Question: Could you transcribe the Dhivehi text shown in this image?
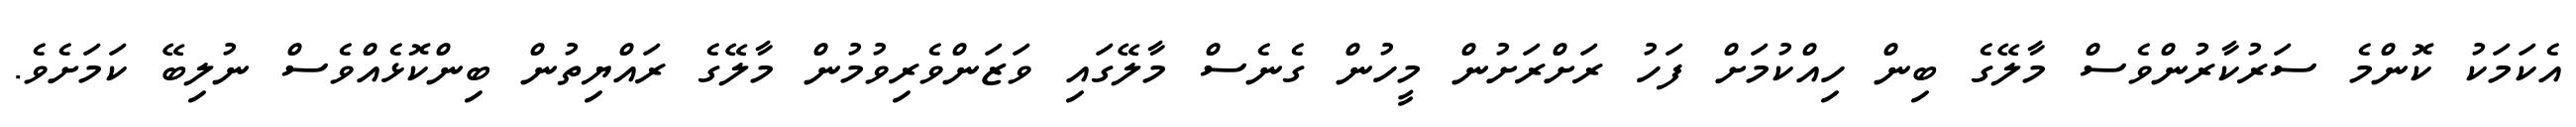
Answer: އެކަމަކު ކޮންމެ ސަރުކާރުންވެސް މާލޭގެ ބިން ހިއްކުމަށް ފަހު ރަށްރަށުން މީހުން ގެނެސް މާލޭގައި ވަޒަންވެރިވުމުން މާލޭގެ ރައްޔިތުން ބިންކޮޅެއްވެސް ނުލިބޭ ކަމަށެވެ.